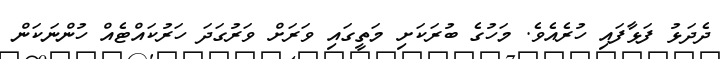
ދެދަޅު ފަޅާފައި ހުރެއެވެ. މަހުގެ ބުރަކަށި މަތީގައި ވަރަށް ވަރުގަދަ ހަރުކައްޓެއް ހުންނަކަން